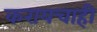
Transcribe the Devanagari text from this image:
करायचाही